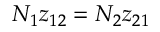
N _ { 1 } z _ { 1 2 } = N _ { 2 } z _ { 2 1 }